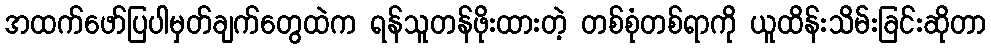
အထက်ဖော်ပြပါမှတ်ချက်တွေထဲက ရန်သူတန်ဖိုးထားတဲ့ တစ်စုံတစ်ရာကို ယူထိန်းသိမ်းခြင်းဆိုတာ